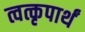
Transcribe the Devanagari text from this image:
त्वत्कृपार्थं